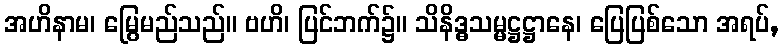
အဟိနာမ၊ မြွေမည်သည်။ ဗဟိ၊ ပြင်ဘက်၌။ သိနိဒ္ဓသမ္မဋ္ဌဋ္ဌာနေ၊ ပြေပြစ်သော အရပ်,